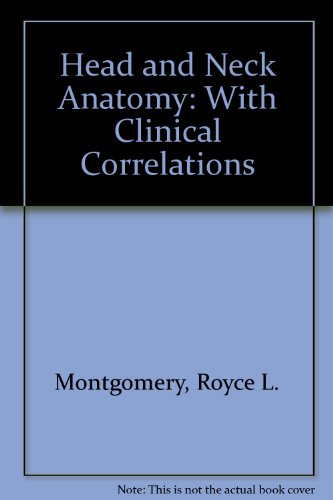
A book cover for Head and Neck Anatomy: With Clinical Correlations; Royce L. Montgomery; Medical Books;